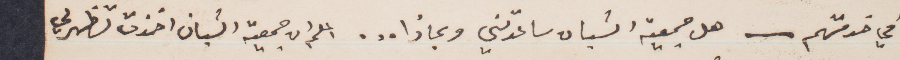
في خدمتهم____ هل جمعية الشبان ساعدتني وبماذا...اعلم ان جمعية الشبان اخذت تظهر لي